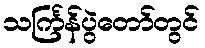
သင်္ကြန်ပွဲတော်တွင်